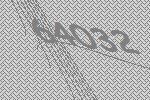
64032